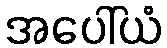
အပေါ်ယံ